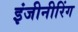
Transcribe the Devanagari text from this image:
इंजीनीरिंग